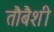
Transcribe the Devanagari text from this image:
तौबैशी